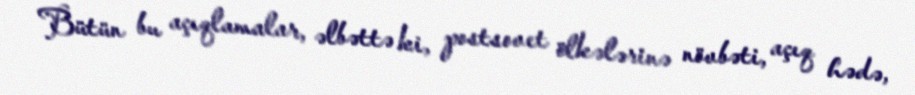
Bütün bu açıqlamalar, əlbəttə ki, postsovet ölkələrinə növbəti, açıq hədə,